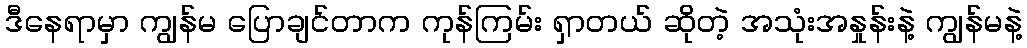
ဒီနေရာမှာ ကျွန်မ ပြောချင်တာက ကုန်ကြမ်း ရှာတယ် ဆိုတဲ့ အသုံးအနှုန်းနဲ့ ကျွန်မနဲ့